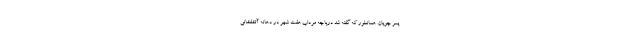
پسر چوپان. همانطور که گفته شد دریاچه مرداب هفت شهر در دهانه آتشفشانی